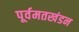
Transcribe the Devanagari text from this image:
पूर्वमतखंडन